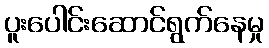
ပူးပေါင်းဆောင်ရွက်နေမှု